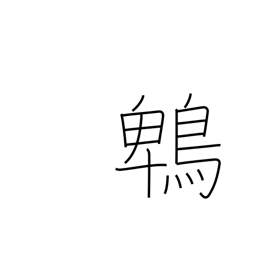
Meaning: brown eared bulbul